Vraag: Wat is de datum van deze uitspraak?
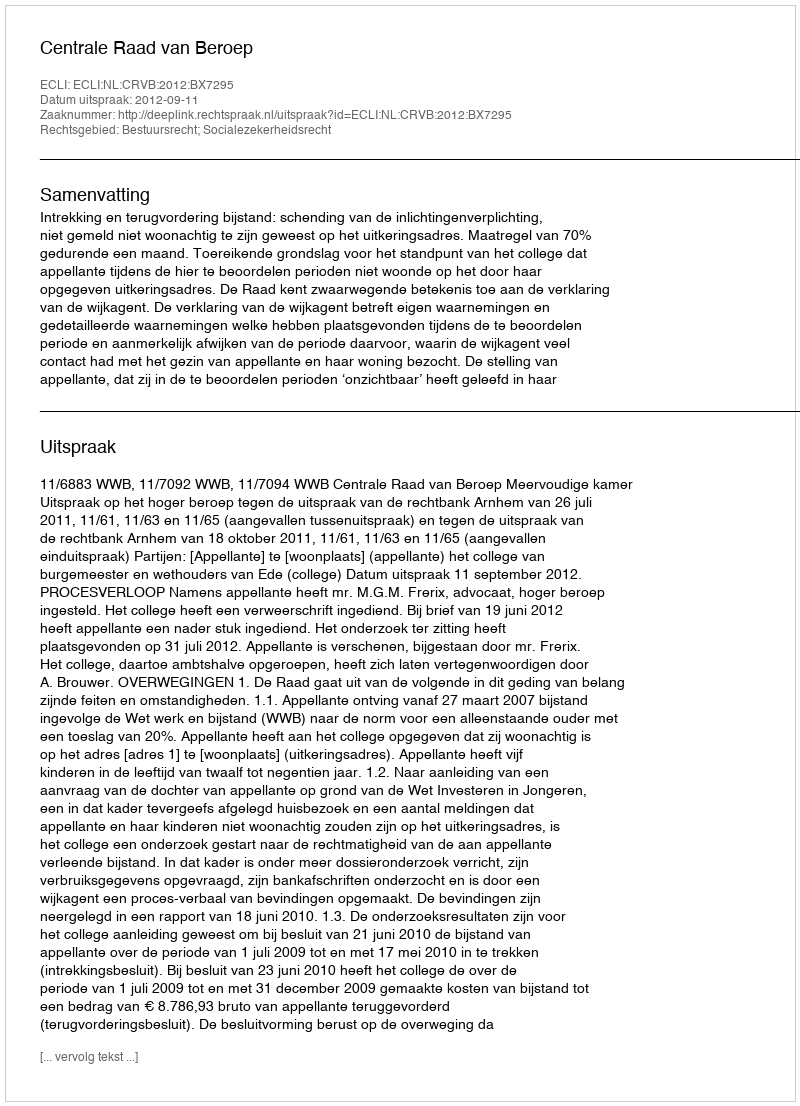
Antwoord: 2012-09-11